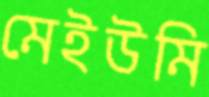
মেইউমি